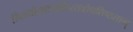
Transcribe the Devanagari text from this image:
तिलतोयाञ्जलिस्तवोपतिष्ठताम्